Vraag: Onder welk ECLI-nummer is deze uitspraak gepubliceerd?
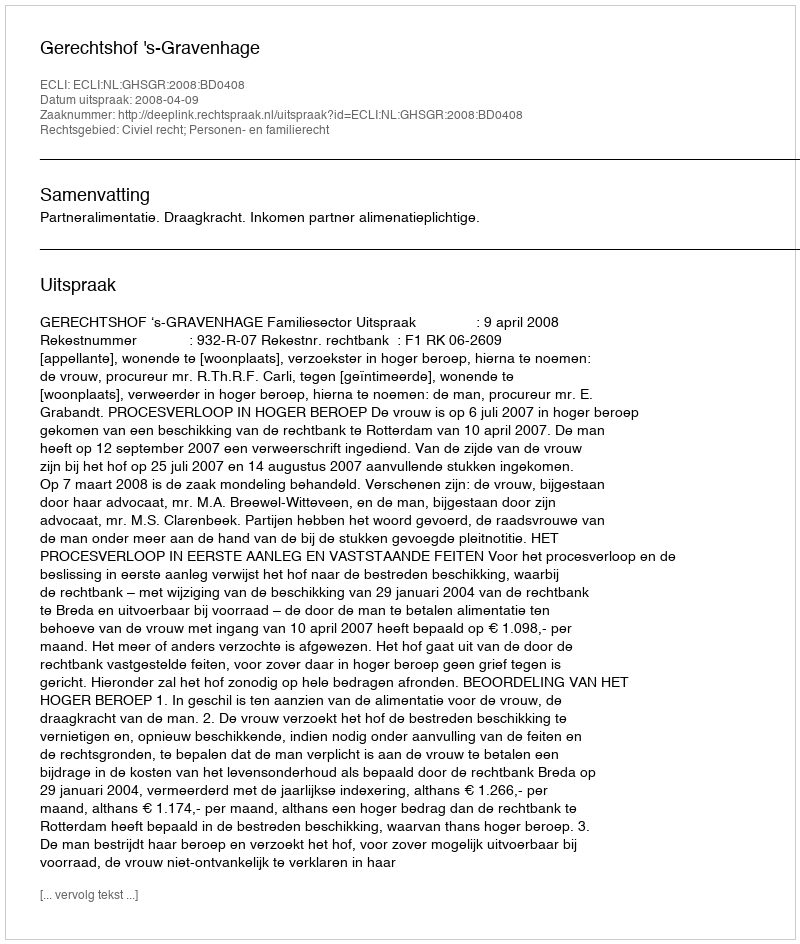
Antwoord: ECLI:NL:GHSGR:2008:BD0408